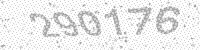
Solution: 290176